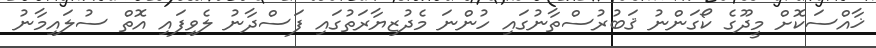
ޚާއްސަކޮށް މީދޫގެ ކޯގަންނު ޤަބުރުސްތާނުގައި ހުންނަ މެދުޒިޔާރަތުގައި ފަސްދާނު ލެވިފައި އޮތް ސުލައިމާނު